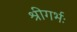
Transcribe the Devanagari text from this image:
श्रीगर्भः